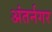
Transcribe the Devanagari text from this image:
अंतर्नगर